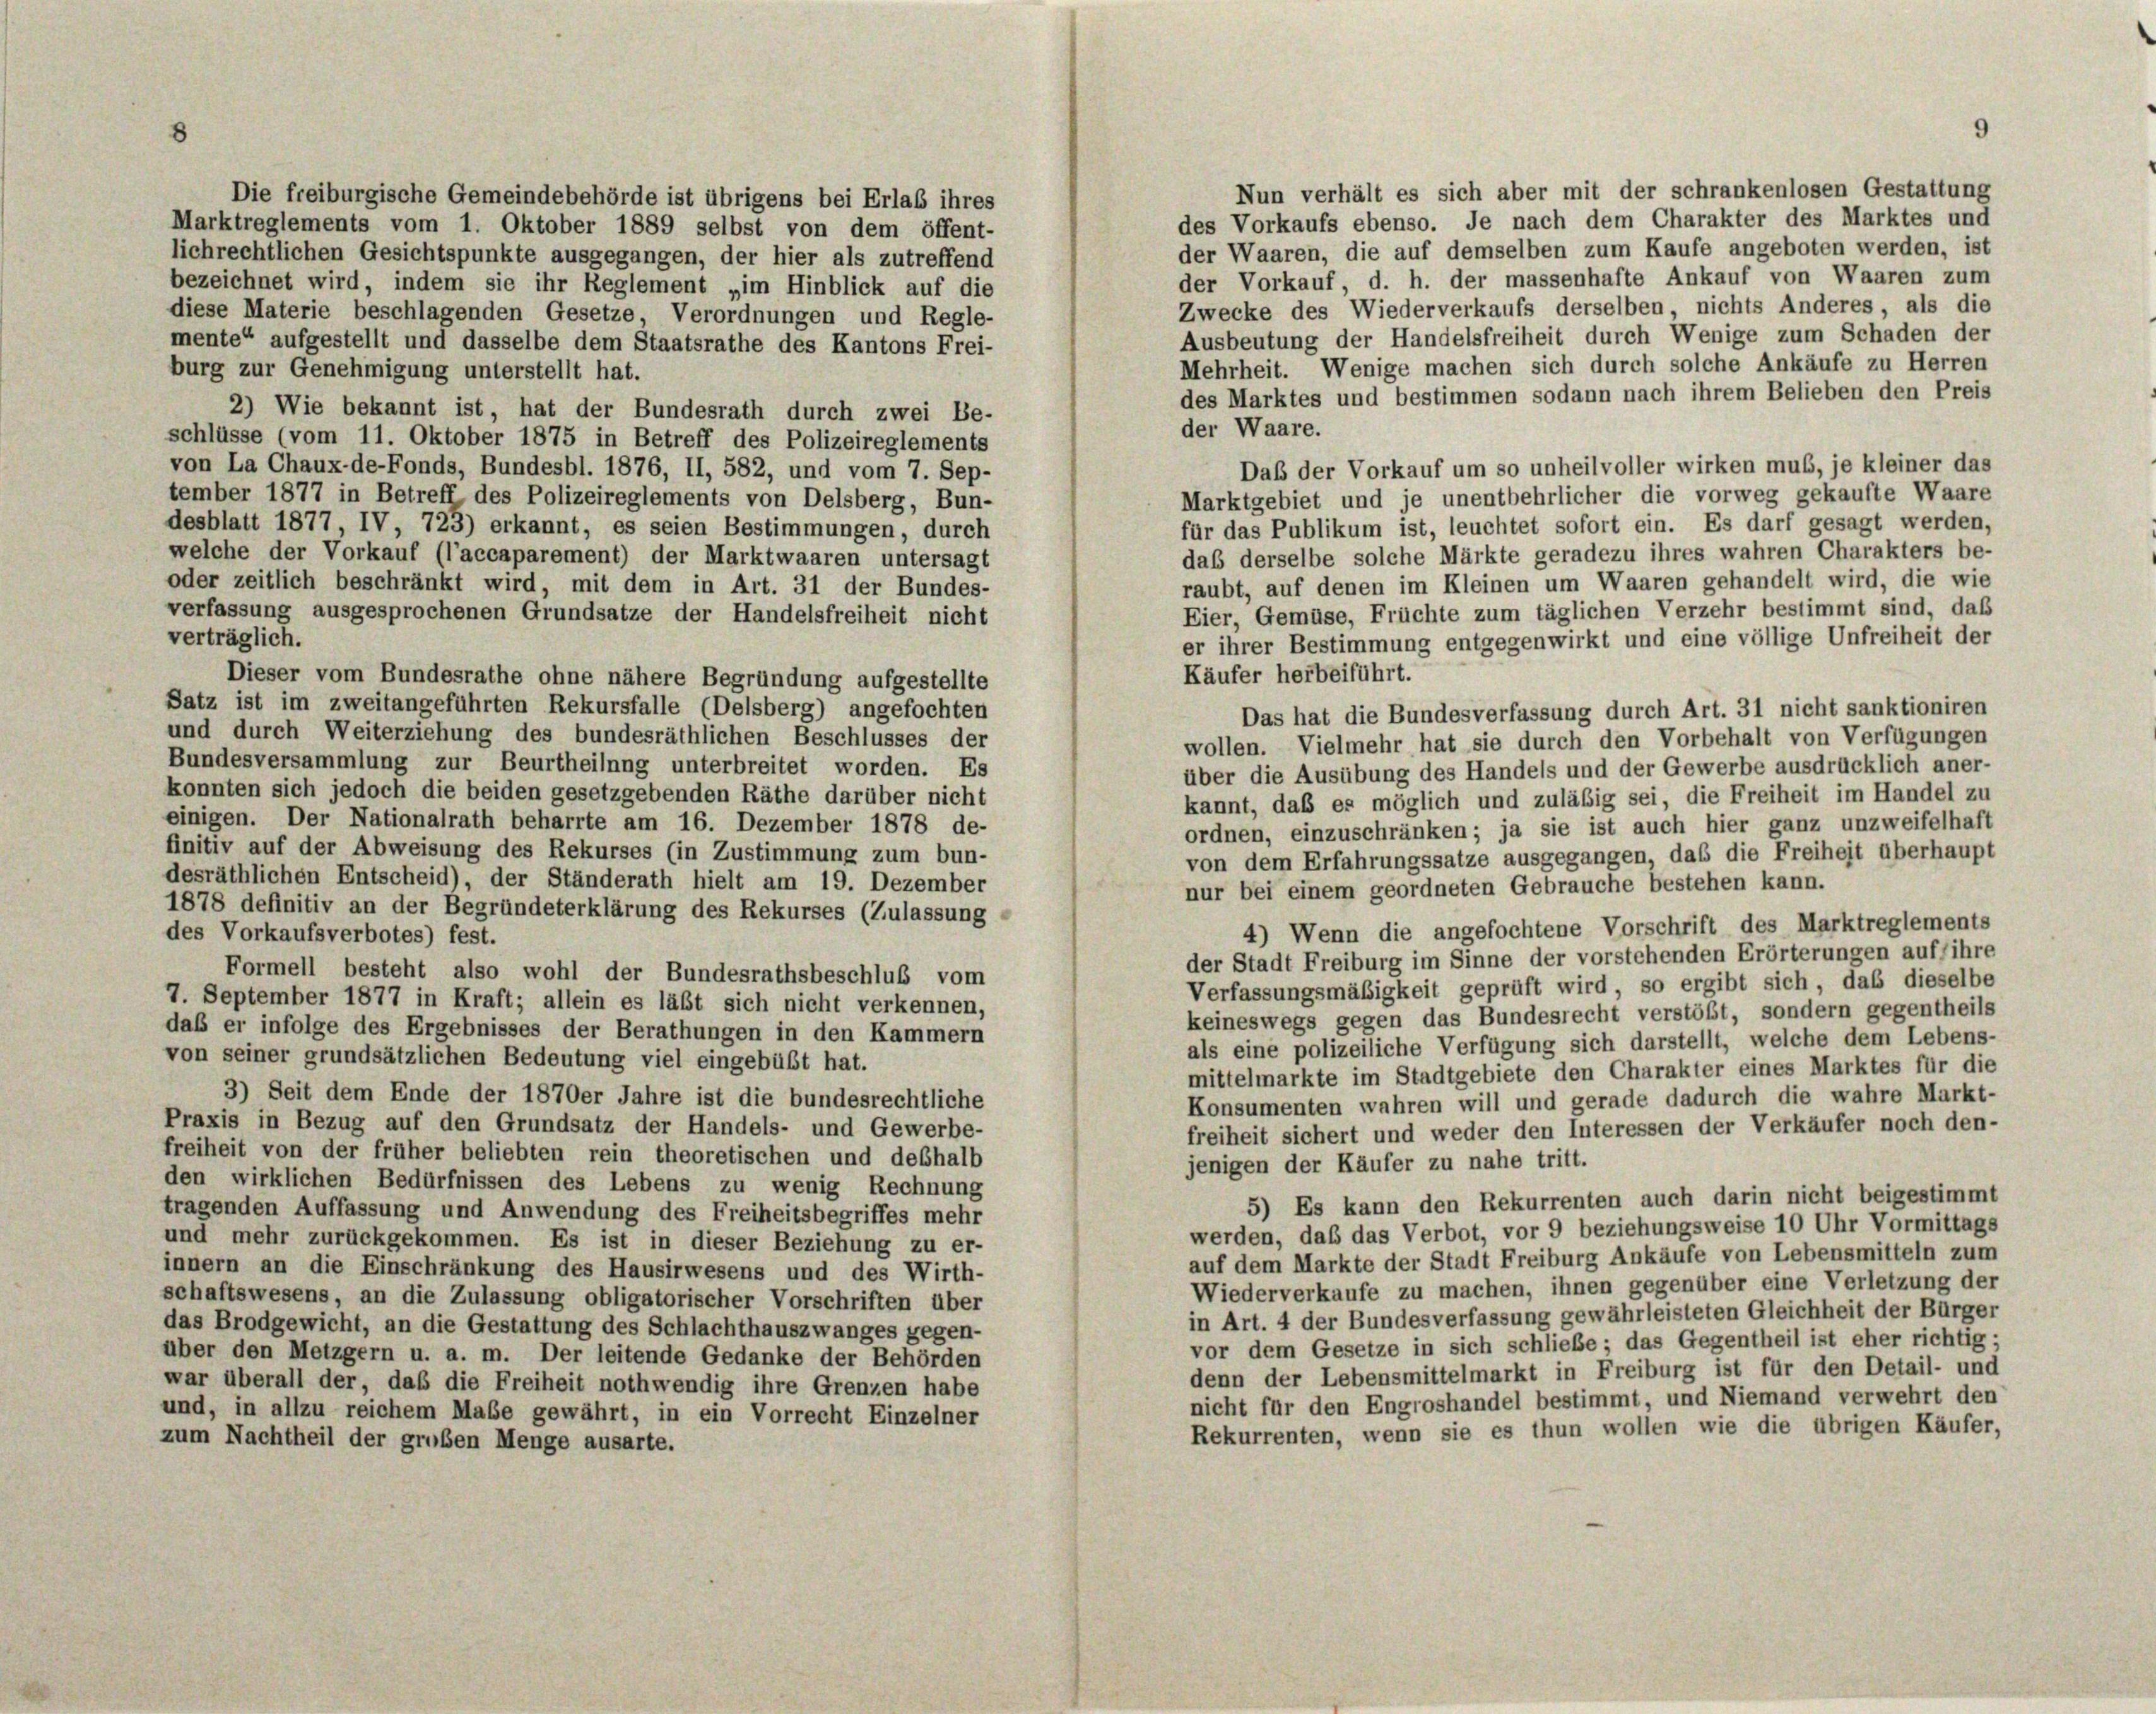
Nun verhält es sich aber mit der schrankenlosen Gestattung
Die freiburgische Gemeindebehörde ist übrigens bei Erlaß ihres
des Vorkaufs ebenso. Je nach dem Charakter des Marktes und
Marktreglements vom 1. Oktober 1889 selbst von dem öffent-
der Waaren, die auf demselben zum Kaufe angeboten werden, ist
lichrechtlichen Gesichtspunkte ausgegangen, der hier als zutreffend
der Vorkauf, d. h. der massenhafte Ankauf von Waaren zum
bezeichnet wird, indem sie ihr Reglement „im Hinblick auf die
Zwecke des Wiederverkaufs derselben, nichts Anderes, als die
diese Materie beschlagenden Gesetze, Verordnungen und Regle-
Ausbeutung der Handelsfreiheit durch Wenige zum Schaden der
mente“ aufgestellt und dasselbe dem Staatsrathe des Kantons Frei-
Mehrheit. Wenige machen sich durch solche Ankäufe zu Herren
burg zur Genehmigung unterstellt hat.
des Marktes und bestimmen sodann nach ihrem Belieben den Preis
2) Wie bekannt ist, hat der Bundesrath durch zwei Be-
der Waare.
schlüsse (vom 11. Oktober 1875 in Betreff des Polizeireglements
von La Chaux-de-Fonds, Bundesbl. 1876, II, 582, und vom 7. Sep-
Daß der Vorkauf um so unheilvoller wirken mus, je kleiner das
tember 1877 in Betreff des Polizeireglements von Delsberg, Bun-
Marktgebiet und je unentbehrlicher die vorweg gekaufte Waare
für das Publikum ist, leuchtet sofort ein. Es darf gesagt werden,
desblatt 1877, IV, 723) erkannt, es seien Bestimmungen, durch
daß derselbe solche Märkte geradezu ihres wahren Charakters be-
welche der Vorkauf (l’accaparement) der Marktwaaren untersagt
raubt, auf denen im Kleinen um Waaren gehandelt wird, die wie
oder zeitlich beschränkt wird, mit dem in Art. 31 der Bundes-
Eier, Gemüse, Früchte zum täglichen Verzehr bestimmt sind, daß
verfassung ausgesprochenen Grundsätze der Handelsfreiheit nicht
verträglich.
er ihrer Bestimmung entgegenwirkt und eine völlige Unfreiheit der
Käufer herbeiführt.
Dieser vom Bundesrathe ohne nähere Begründung aufgestellte
Satz ist im zweitangeführten Rekursfalle (Delsberg) angefochten
Das hat die Bundesverfassung durch Art. 31 nicht sanktioniren
und durch Weiterziehung des bundesräthlichen Beschlusses der
wollen. Vielmehr hat sie durch den Vorbehalt von Verfügungen
Bundesversammlung zur Beurtheilung unterbreitet worden. Es
über die Ausübung des Handels und der Gewerbe ausdrücklich aner-
konnten sich jedoch die beiden gesetzgebenden Räthe darüber nicht
kannt, daß es möglich und zuläßig sei, die Freiheit im Handel zu
einigen. Der Nationalrath beharrte am 16. Dezember 1878 de-
ordnen, einzuschränken; ja sie ist auch hier ganz unzweifelhaft
finitiv auf der Abweisung des Rekurses (in Zustimmung zum bun-
von dem Erfahrungssätze ausgegangen, das die Freiheit überhaupt
desräthlichen Entscheid), der Ständerath hielt am 19. Dezember
nur bei einem geordneten Gebrauche bestehen kann.
1878 definitiv an der Begründeterklärung des Rekurses (Zulassung
4) Wenn die angefochtene Vorschrift des Marktreglements
des Vorkaufsverbotes) fest.
der Stadt Freiburg im Sinne der vorstehenden Erörterungen auf ihre
Formell besteht also wohl der Bundesrathsbeschluß vom
Verfassungsmäßigkeit geprüft wird, so ergibt sich, das dieselbe
7. September 1877 in Kraft; allein es läßt sich nicht verkennen,
keineswegs gegen das Bundesrecht verstößt, sondern gegentheils
daß er infolge des Ergebnisses der Berathungen in den Kammern
als eine polizeiliche Verfügung sich darstellt, welche dem Lebens-
von seiner grundsätzlichen Bedeutung viel eingebüßt hat.
mittelmarkte im Stadtgebiete den Charakter eines Marktes für die
3) Seit dem Ende der 1870er Jahre ist die bundesrechtliche
Konsumenten wahren will und gerade dadurch die wahre Markt-
Praxis in Bezug auf den Grundsatz der Handels- und Gewerbe-
freiheit sichert und weder den Interessen der Verkäufer noch den-
freiheit von der früher beliebten rein theoretischen und deshalb
jenigen der Käufer zu nahe tritt.
den wirklichen Bedürfnissen des Lebens zu wenig Rechnung
5) Es kann den Rekurrenten auch darin nicht beigestimmt
tragenden Auffassung und Anwendung des Freiheitsbegriffes mehr
werden, daß das Verbot, vor 9 beziehungsweise 10 Uhr Vormittags
und mehr zurückgekommen. Es ist in dieser Beziehung zu er-
auf dem Markte der Stadt Freiburg Ankäufe von Lebensmitteln zum
innern an die Einschränkung des Hausirwesens und des Wirth-
Wiederverkaufe zu machen, ihnen gegenüber eine Verletzung der
schaftswesens, an die Zulassung obligatorischer Vorschriften über
in Art. 4 der Bundesverfassung gewährleisteten Gleichheit der Bürger
das Brodgewicht, an die Gestattung des Schlachthauszwanges gegen-
vor dem Gesetze in sich schließe; das Gegentheil ist eher richtig;
über den Metzgern u. a. m. Der leitende Gedanke der Behörden
denn der Lebensmittelmarkt in Freiburg ist für den Detail- und
war überall der, daß die Freiheit nothwendig ihre Grenzen habe
nicht für den Engroshandel bestimmt, und Niemand verwehrt den
und, in allzu reichem Maße gewährt, in ein Vorrecht Einzelner
Rekurrenten, wenn sie es thun wollen wie die übrigen Käufer,
zum Nachtheil der gruben Menge ausarte.